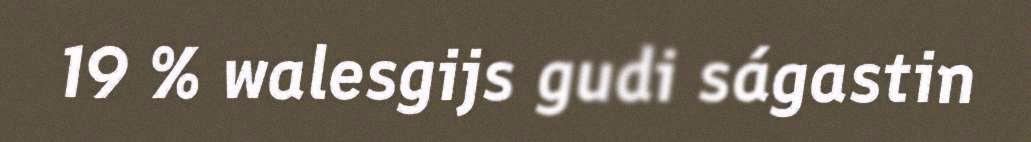
19 % walesgijs gudi ságastin